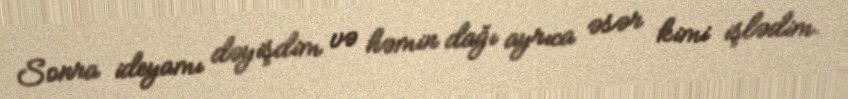
Sonra ideyamı dəyişdim və həmin dağı ayrıca əsər kimi işlədim.